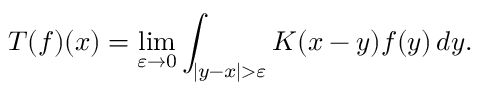
T ( f ) ( x ) = \operatorname* { l i m } _ { \varepsilon \to 0 } \int _ { | y - x | > \varepsilon } K ( x - y ) f ( y ) \, d y .